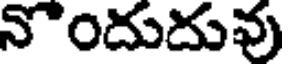
నొందుదువు